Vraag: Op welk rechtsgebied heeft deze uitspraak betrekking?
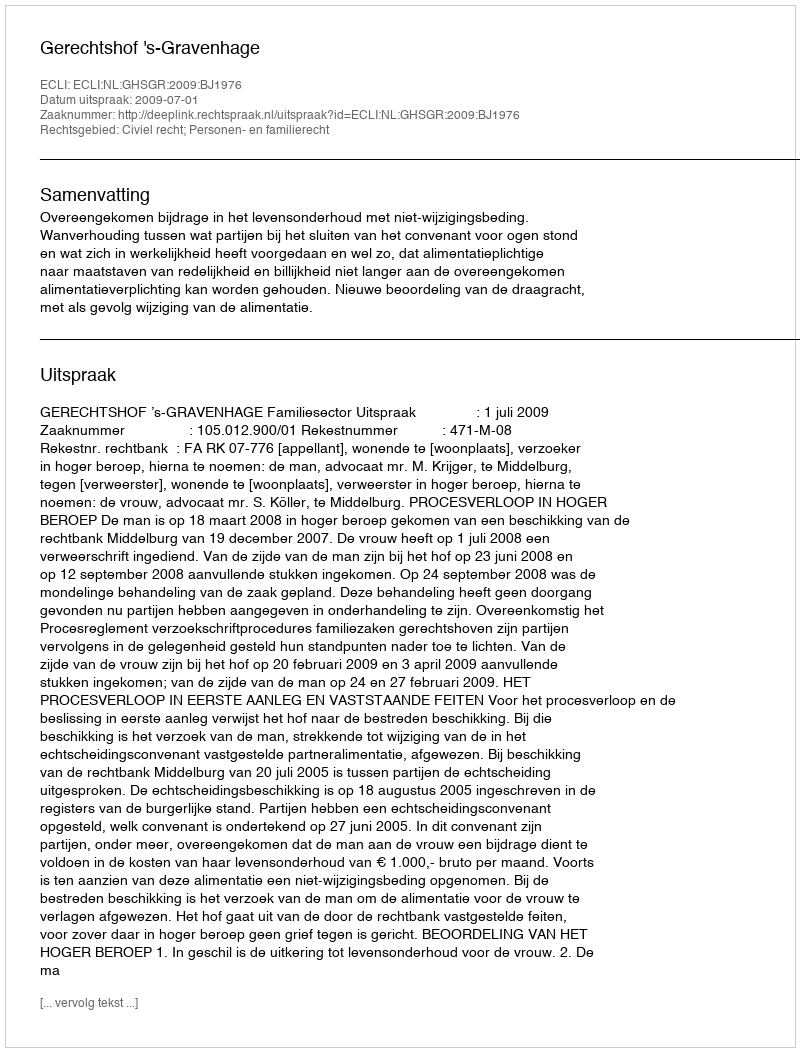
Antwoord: Civiel recht; Personen- en familierecht